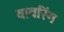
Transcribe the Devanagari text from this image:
वावरिंग